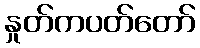
နှုတ်ကပတ်တော်